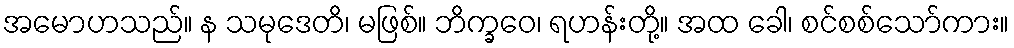
အမောဟသည်။ န သမုဒေတိ၊ မဖြစ်။ ဘိက္ခဝေ၊ ရဟန်းတို့။ အထ ခေါ၊ စင်စစ်သော်ကား။